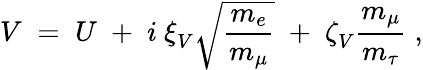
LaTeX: V\; =\; U\; +\; i~\xi_{V}^{~}\sqrt{\frac{m_{e}}{m_{\mu}}}\; +\; \zeta_{V}^{~}\frac{m_{\mu}}{m_{\tau}}\; ,